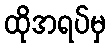
ထိုအရပ်မှ